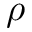
\rho